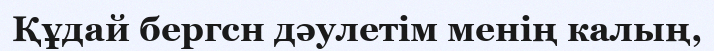
Құдай бергсн дәулетім менің калың,